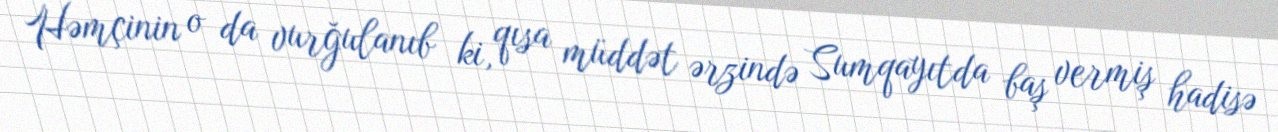
Həmçinin o da vurğulanıb ki, qısa müddət ərzində Sumqayıtda baş vermiş hadisə